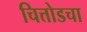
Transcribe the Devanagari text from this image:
चित्तोडचा